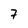
Character: 7